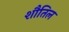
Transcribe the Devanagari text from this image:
शौतिल